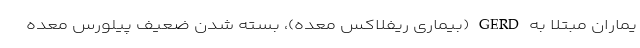
یماران مبتلا به GERD (بیماری ریفلاکس معده)، بسته شدن ضعیف پیلورس معده